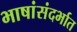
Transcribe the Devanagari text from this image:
भाषांसंदर्भात